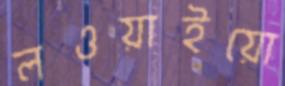
লওয়াইয়ো